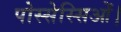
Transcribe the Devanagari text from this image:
पोस्सेस्सिओं।